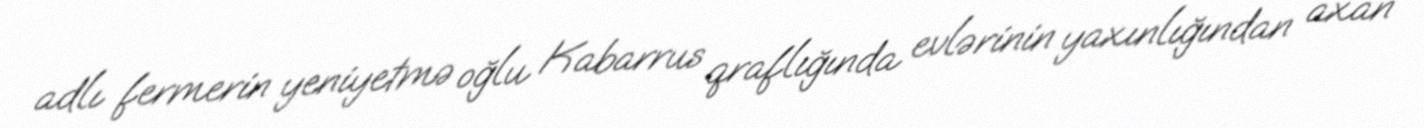
adlı fermerin yeniyetmə oğlu Kabarrus qraflığında evlərinin yaxınlığından axan